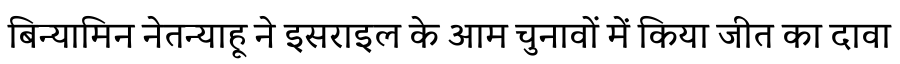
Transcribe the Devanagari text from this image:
बिन्यामिन नेतन्याहू ने इसराइल के आम चुनावों में किया जीत का दावा